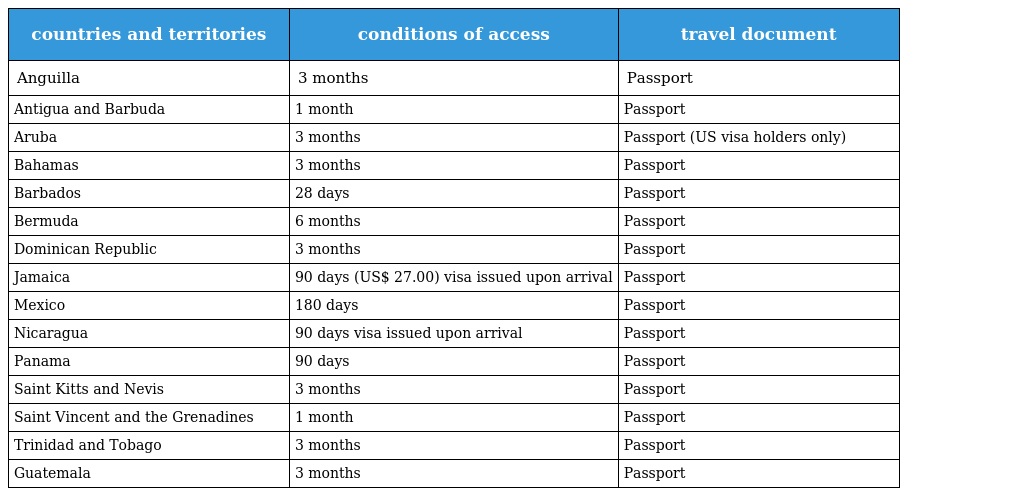
| countries and territories | conditions of access | travel document |
 | --- | --- | --- |
 | Anguilla | 3 months | Passport |
 | Antigua and Barbuda | 1 month | Passport |
 | Aruba | 3 months | Passport (US visa holders only) |
 | Bahamas | 3 months | Passport |
 | Barbados | 28 days | Passport |
 | Bermuda | 6 months | Passport |
 | Dominican Republic | 3 months | Passport |
 | Jamaica | 90 days (US$ 27.00) visa issued upon arrival | Passport |
 | Mexico | 180 days | Passport |
 | Nicaragua | 90 days visa issued upon arrival | Passport |
 | Panama | 90 days | Passport |
 | Saint Kitts and Nevis | 3 months | Passport |
 | Saint Vincent and the Grenadines | 1 month | Passport |
 | Trinidad and Tobago | 3 months | Passport |
 | Guatemala | 3 months | Passport |